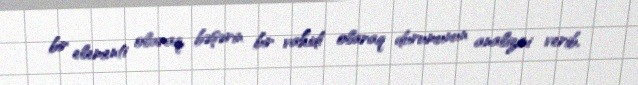
bir elementi olaraq, bəşərin bir vahidi olaraq durumunun analizini verib,